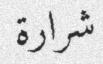
شرارة